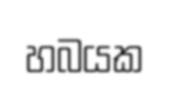
හබයක